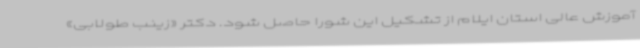
آموزش عالی استان ایلام از تشکیل این شورا حاصل شود. دکتر «زینب طولابی»